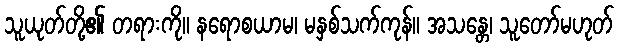
သူယုတ်တို့၏ တရားကို။ နရောစယာမ၊ မနှစ်သက်ကုန်။ အသန္တေ၊ သူတော်မဟုတ်